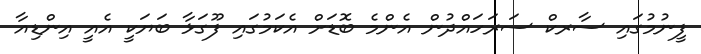
ފީނުމުގައި ސާރކް ސަރަހައްދުން އެންމެ ބޮޑަށް އެކަމުގައި ފޫގަޅާ ބަޔަކީ އެއީ އިންޑިއާ